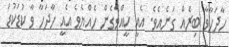
ހާދަހާވާ ބިރެއް ގަނެއެވެ. އެއީ ކީއްވެގެން ހެއްޔެވެ އެއީ ހާދަހާ ވާ ކުޑަކުޑަ